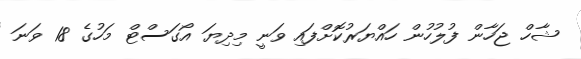
ޝާހް ޖަހާން ފުލުހުން ހައްޔަރުކޮށްފައި ވަނީ މިދިޔަ އޯގަސްޓް މަހުގެ 18 ވަނަ